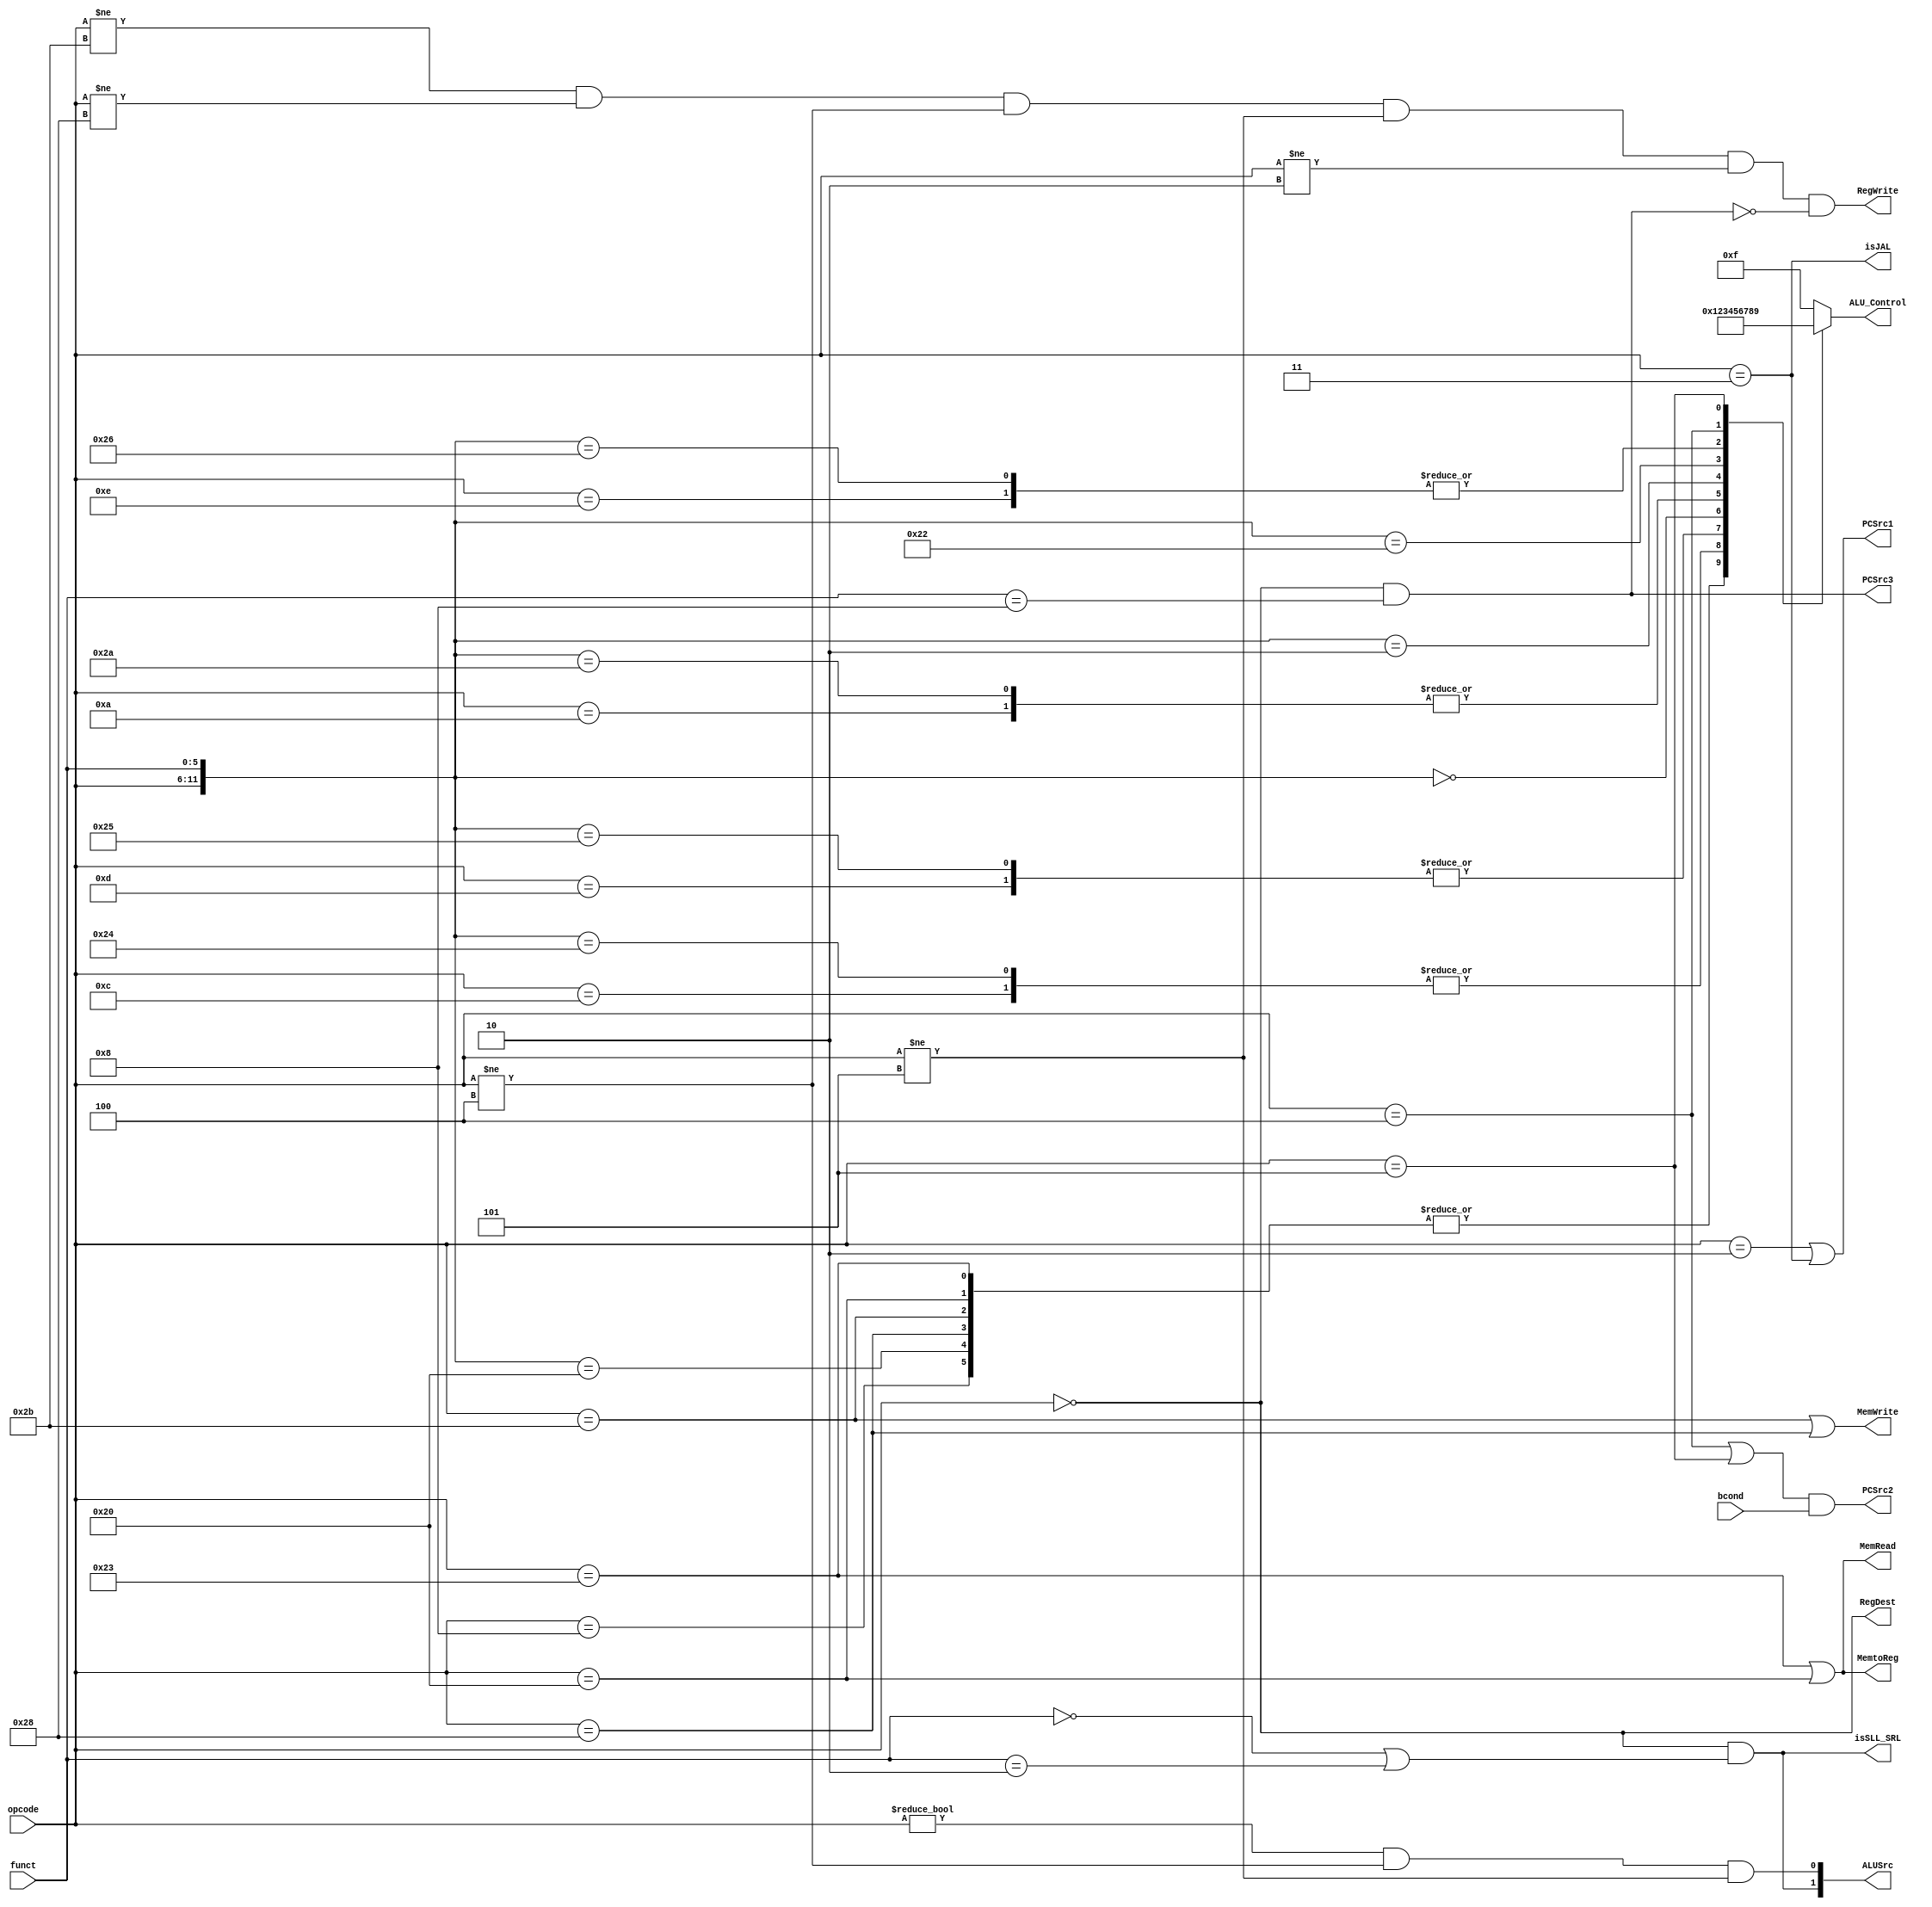

`timescale 1ns/100ps
module control_unit(opcode,funct,bcond,RegDest,ALUSrc,MemtoReg,RegWrite,MemRead,MemWrite,PCSrc1,PCSrc2,PCSrc3,isJAL,isSLL_SRL,ALU_Control);
input [5:0] opcode;       //Instr[31:26]
input [5:0] funct;        //Defines operation when Instructyion in R type
input bcond;              //1 when opcode is BEQ and BNE
output RegDest;           //Write Destination register location
                          //RegDest = 1 -> R-type - Instr[15:11]
                          //RegDest = 0 -> I-type - Instr[21:16]
output [1:0] ALUSrc;      //ALUsrc[1]--> SLL or SRL 
                          //2nd input to ALU is SHAMT ie.,Inst[10:6]
                          //else if ALUsrc[1]=0
                          //2nd input to ALU; 0-> Read data 2; 1->Immediate
output MemtoReg;          //Steer ALU(0)/Load memory(1) output to GPR write port
output RegWrite;          //GPR wite Disabled(0)/Enabled(1)
output MemRead;           //Read from Data memory(LW/LB=1)
output MemWrite;          //Write to Data memory(SW/SB=1)
output PCSrc1;            //PCSrc1(1)-> Next PC is Jump address
                          //PCSrc1(0)-> Next PC based on PCSrc2
output PCSrc2;            //When PCSrc1=0-->
                          //if PCSrc2=1-> Next PC based on Immediate address
                          //if PCSrc2=0-> Next PC is PC+4
output PCSrc3;            //if PCSrc3=1-> Next PC is GPR[rs]
output isJAL;             // Instruction is JAL
output isSLL_SRL;         //Set when Instruction is SLL or SRL
output [3:0] ALU_Control; //Defines the ALU operation 

`define ADD  6'b100000
`define AND  6'b100100 
`define JR   6'b001000
`define NOP  6'b000000
`define OR   6'b100101 
`define SLL  6'b000000
`define SLT  6'b101010
`define SRL  6'b000010
`define SUB  6'b100010
`define XOR  6'b100110 

`define ADDI 6'b001000
`define ANDI 6'b001100
`define BEQ  6'b000100
`define BNE  6'b000101
`define LB   6'b100000
`define LW   6'b100011
`define SB   6'b101000
`define SW   6'b101011
`define SLTI 6'b001010 
`define ORI  6'b001101
`define XORI 6'b001110

`define J    6'b000010
`define JAL  6'b000011

reg [3:0] alu_ctrl;

assign RegDest   = (opcode==6'b0);

assign ALUSrc[1] = (opcode==6'b0) && ((funct==`SLL)||(funct==`SRL));

assign ALUSrc[0] = (opcode!=6'b0) && (opcode!=`BEQ) && (opcode!=`BNE);

assign MemtoReg  = (opcode==`LW) || (opcode==`LB);

assign RegWrite  = (opcode!=`SW)   &&  (opcode!=`SB)  &&  
                   (opcode!=`BEQ)  &&  (opcode!=`BNE) && 
                   (opcode!=`J)    &&  
                   (!((opcode==6'd0) &&  (funct==`JR)));

assign MemRead   = (opcode==`LW)  || (opcode==`LB);

assign MemWrite  = (opcode==`SW)  || (opcode==`SB);

assign PCSrc1    = (opcode==`J)   || (opcode==`JAL);

assign PCSrc2    = ((opcode==`BEQ) || (opcode==`BNE)) && (bcond==1'b1);

assign PCSrc3    = (opcode==6'd0) && (funct==`JR); 

always@(*) begin
  casex({opcode,funct})
    {6'd0 ,`ADD},{`ADDI,6'dx},
    {`LB  ,6'dx},{`LW  ,6'dx},
    {`SB  ,6'dx},{`SW  ,6'dx} : alu_ctrl = 4'd0;
    {6'd0 ,`AND},{`ANDI,6'dx} : alu_ctrl = 4'd1;
    {6'd0 ,`OR} ,{`ORI ,6'dx} : alu_ctrl = 4'd2;
    {6'd0 ,`SLL}              : alu_ctrl = 4'd3;
    {6'd0 ,`SLT},{`SLTI,6'dx} : alu_ctrl = 4'd4;
    {6'd0 ,`SRL}              : alu_ctrl = 4'd5;
    {6'd0 ,`SUB}              : alu_ctrl = 4'd6;
    {6'd0 ,`XOR},{`XORI,6'dx} : alu_ctrl = 4'd7;
    {`BEQ ,6'dx}              : alu_ctrl = 4'd8;
    {`BNE ,6'dx}              : alu_ctrl = 4'd9;
    default                   : alu_ctrl = 4'd15;
  endcase
end

assign isJAL     = (opcode==`JAL);
assign isSLL_SRL = (opcode==6'b0) && ((funct==`SLL)||(funct==`SRL));
 
assign ALU_Control = alu_ctrl;
   
endmodule